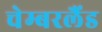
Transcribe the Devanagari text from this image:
चेम्बरलैंड